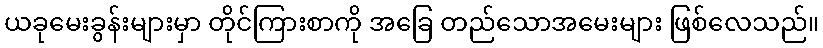
ယခုမေးခွန်းများမှာ တိုင်ကြားစာကို အခြေ တည်သောအမေးများ ဖြစ်လေသည်။